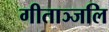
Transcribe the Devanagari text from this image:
गीताञ्जलि